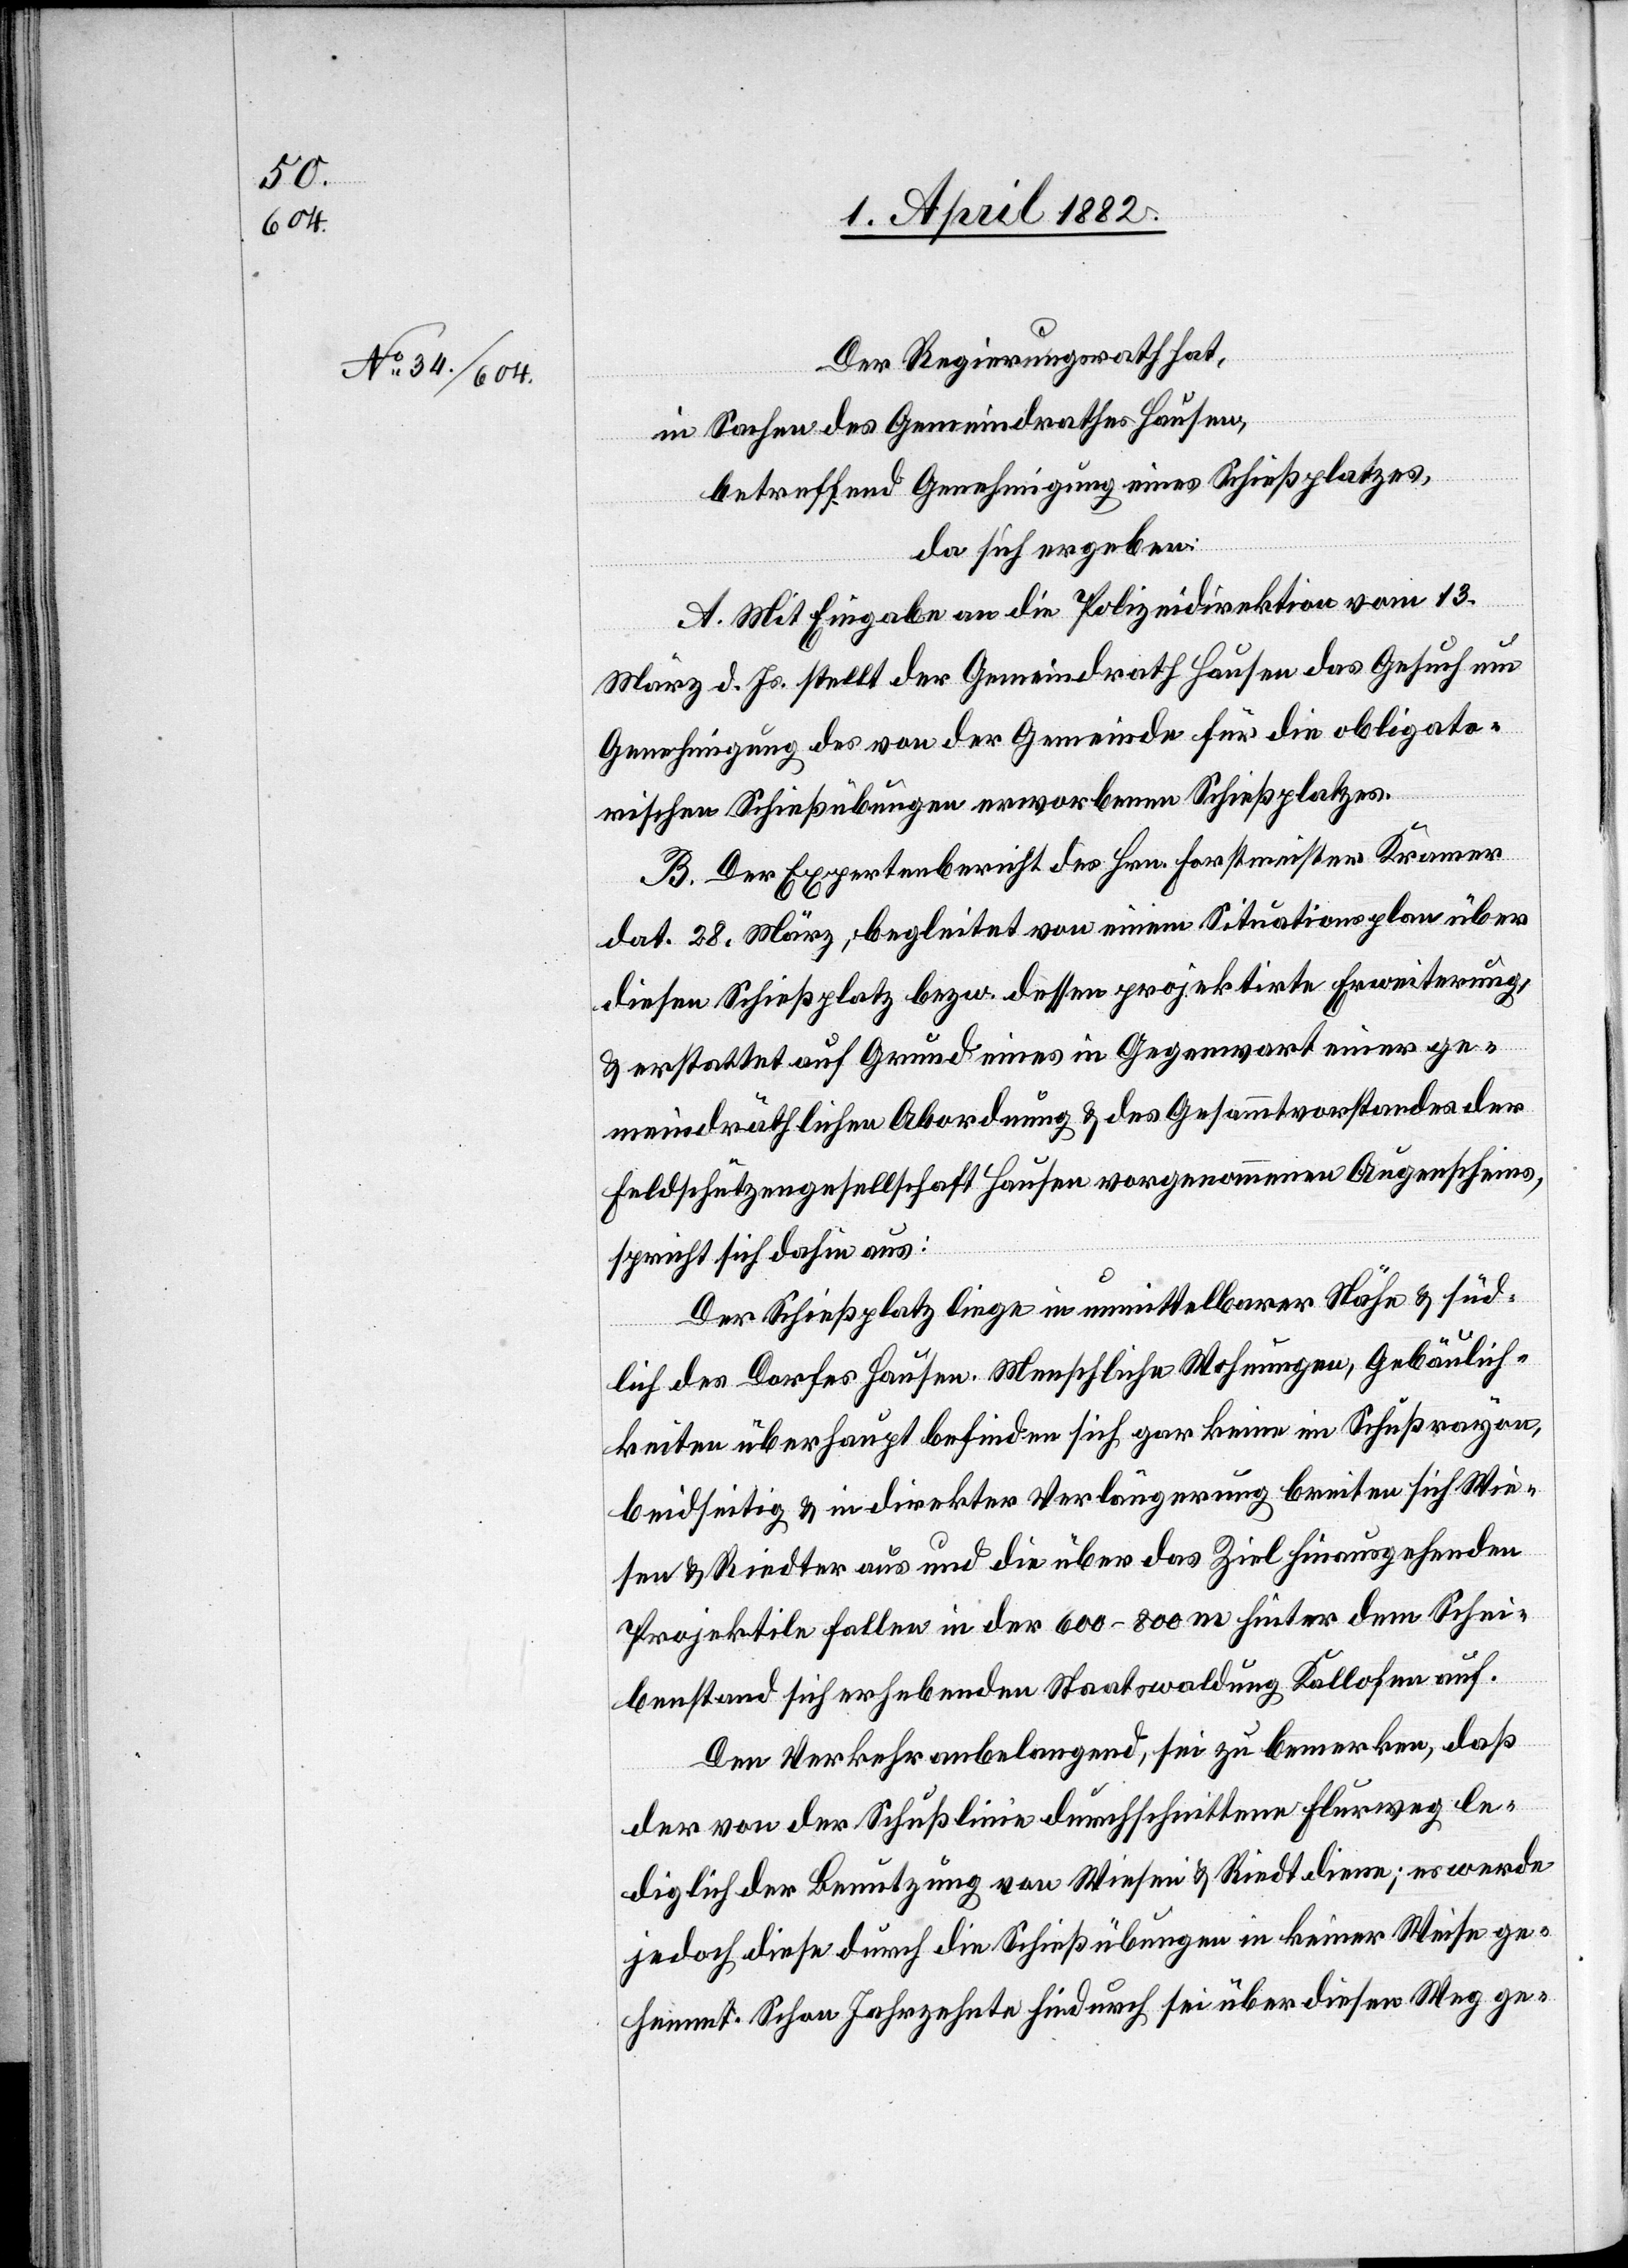
1. April 1882.]
Der Regierungsrath hat,
in Sachen des Gemeindrathes Hausen,
betreffend Genehmigung eines Schießplatzes,
da sich ergeben:
A. Mit Eingabe an die Polizeidirektion vom 13.
März d. Js. stellt der Gemeindrath Hausen das Gesuch um
Genehmigung des von der Gemeinde für die obligato¬
rischen Schießübungen erworbenen Schießplatzes.
B. Der Expertenbericht des Hrn. Forstmeister Kramer
dat. 28. März, begleitet von einem Situationsplan über
diesen Schießplatz bezw. dessen projektirte Erweiterung,
& erstattet auf Grund eines in Gegenwart einer ge¬
meindräthlichen Abordnung & des Gesammtvorstandes der
Feldschützengesellschaft Hausen vorgenommenen Augenscheins,
spricht sich dahin aus:
Der Schießplatz liege in unmittelbarer Nähe & süd¬
lich des Dorfes Hausen. Menschliche Wohnungen, Gebäulich¬
keiten überhaupt befinden sich gar keine im Schußrayon,
beidseitig & in direkter Verlängerung breiten sich Wie¬
sen & Riedter aus und die über das Ziel hinausgehenden
Projektile fallen in der 600–800 m hinter dem Schei¬
benstand sich erhebenden Staatswaldung Kallofen auf.
Den Verkehr anbelangend, sei zu bemerken, daß
der von der Schußlinie durchschnittene Flurweg le¬
diglich der Benutzung von Wiesen & Riedt diene; es werde
jedoch diese durch die Schießübungen in keiner Weise ge¬
hemmt. Schon Jahrzehnte hindurch sei über diesen Weg ge-